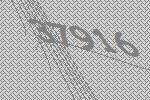
37916